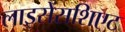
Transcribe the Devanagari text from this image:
लाइसेंसशिएट